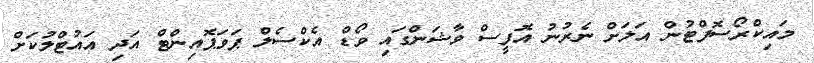
މައިކްރޯސޮފްޓުން އަލަށް ނެރުނު އޮފީސް ވާޝަންގައި ވޯޑް އެކްސެލް ޕަވަޕޮއިންޓް އަދި އައުޓްލުކަށް